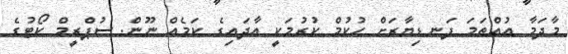
މާދަމާ އުއްތަމަ ފަނޑިޔާރަށް ހުކުމް ކުރުމަކީ އާދައިގެ ކަމެއް ނޫން. ސުޕްރީމް ކޯޓުގެ